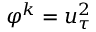
\varphi ^ { k } = u _ { \tau } ^ { 2 }